Jaan_Tonisson_(Lasteleht), lk 145
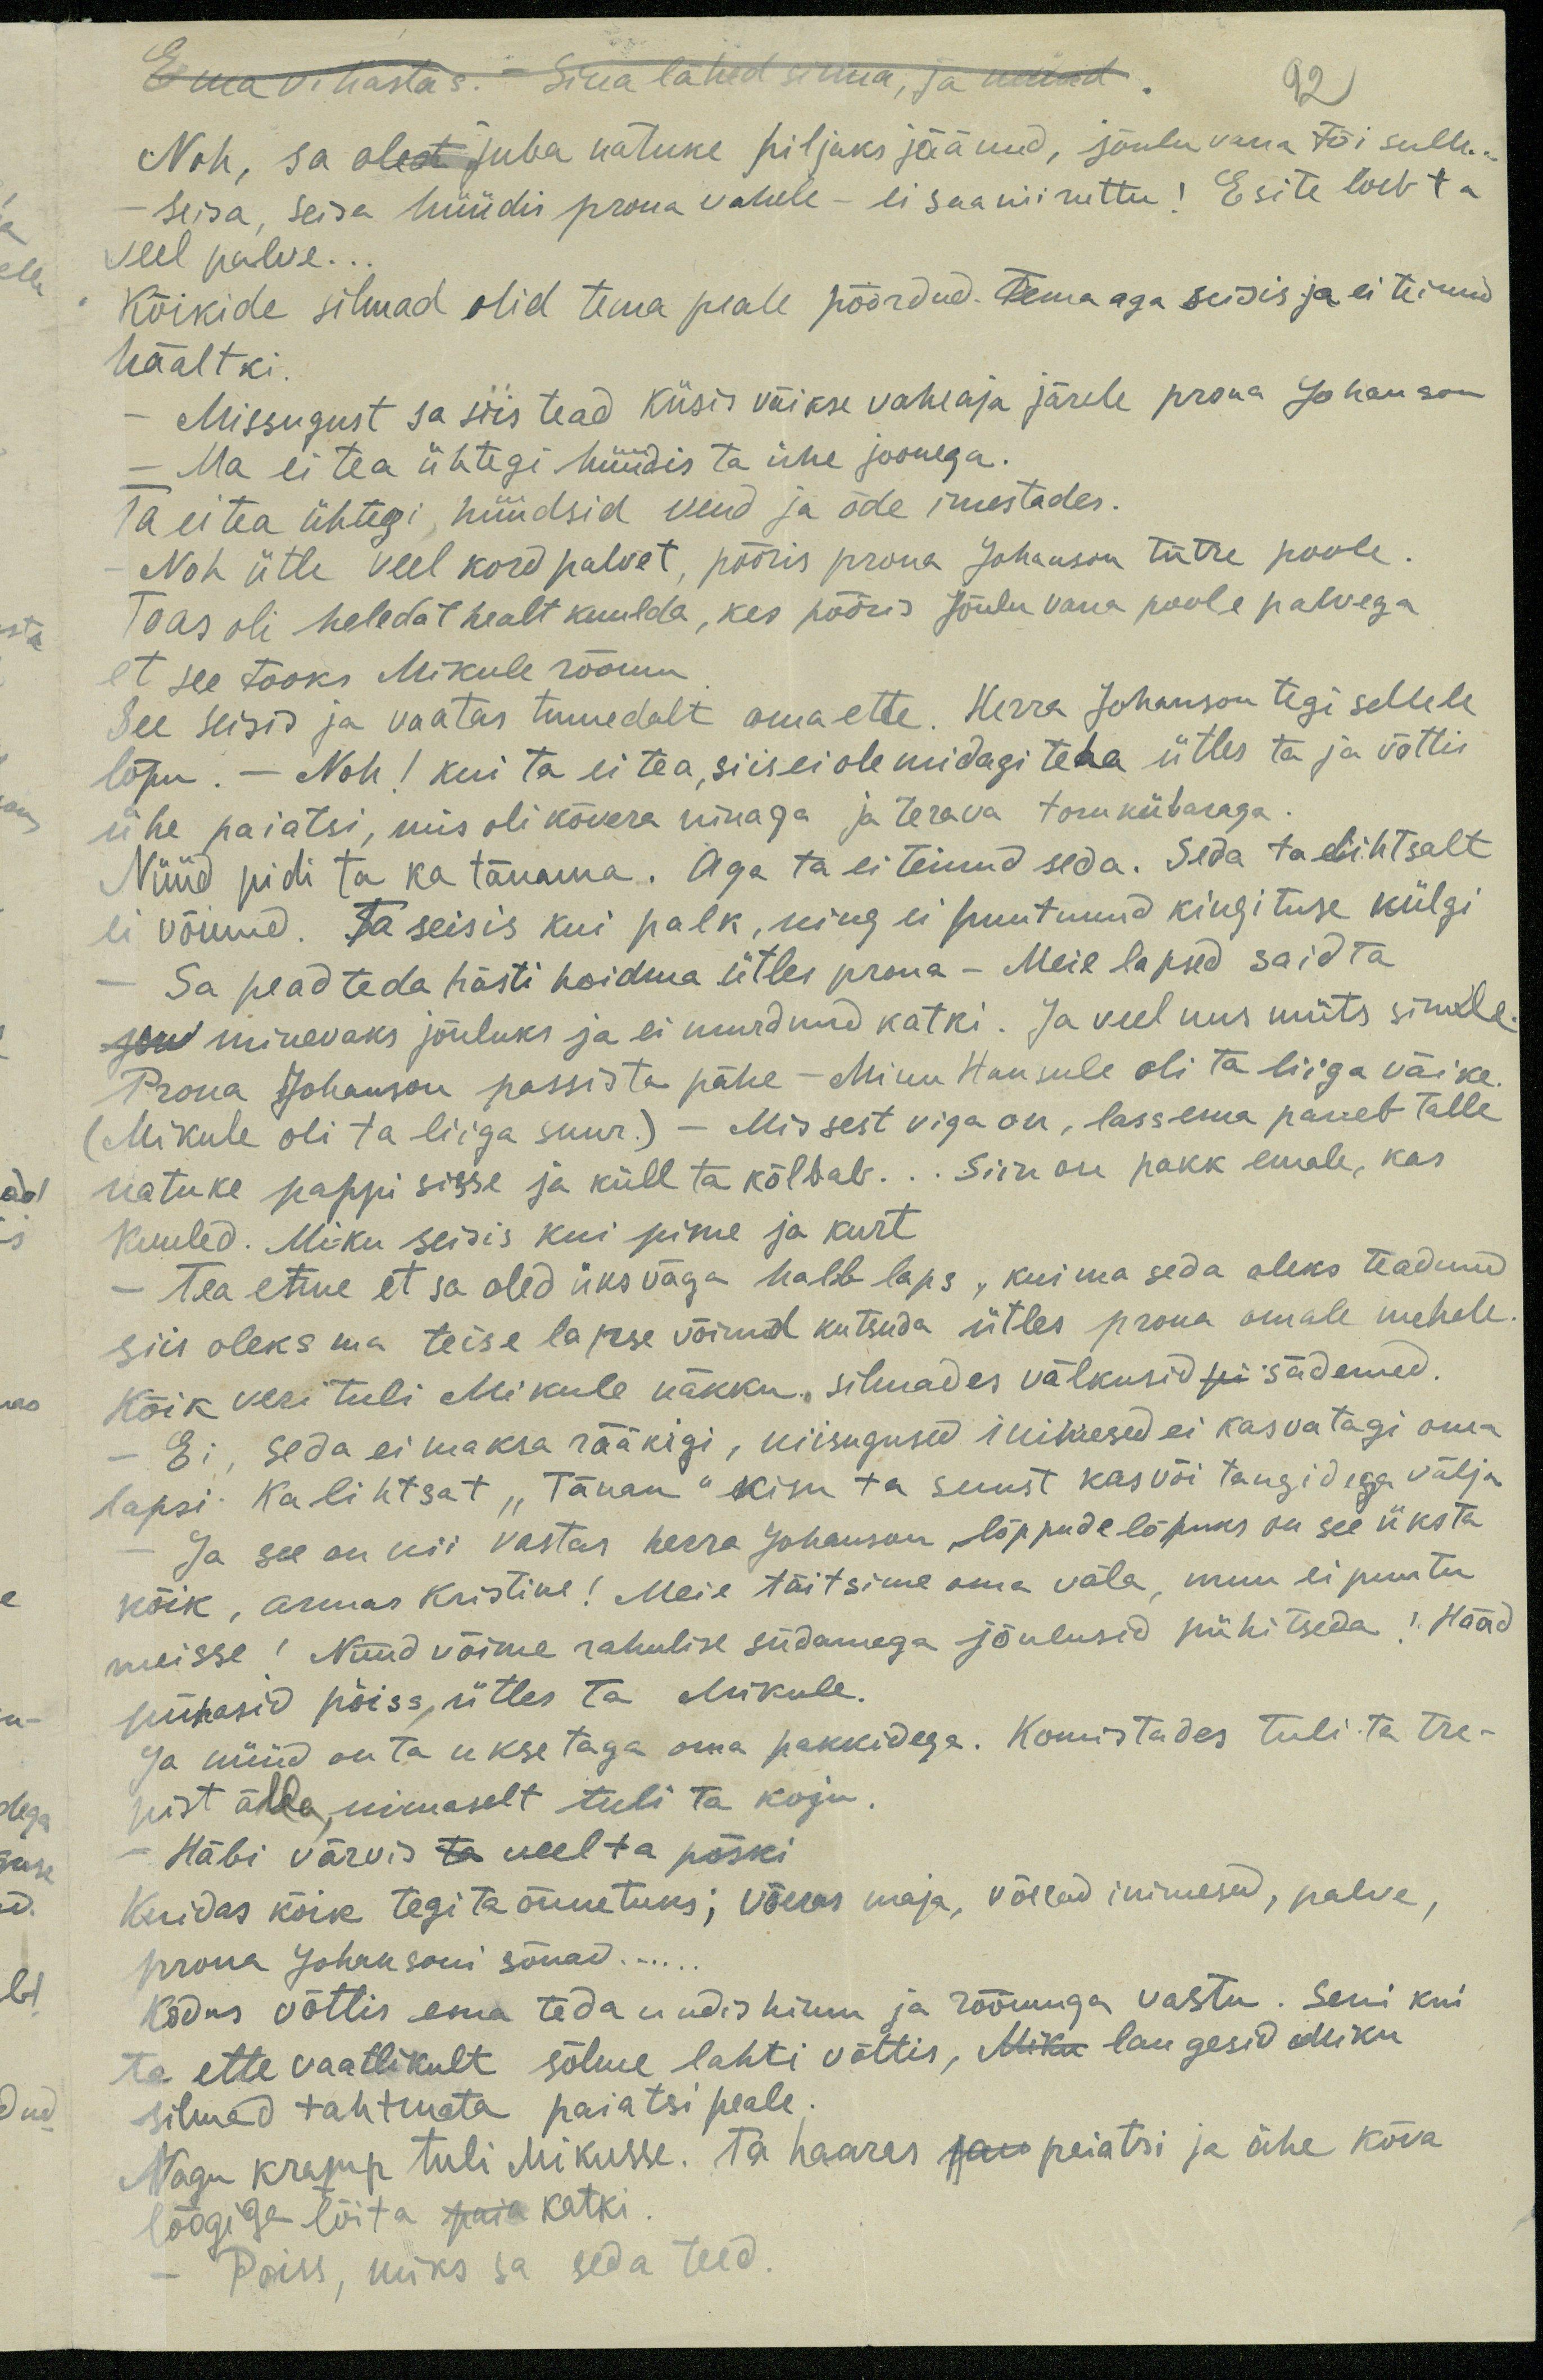
Ema vihastas. Sina lahed sinna, ja mind
92
Noh, sa olest juba natuke hiljaks jäänud, jõulu vana tõi sulle...
Seisa, seisa hüüdis proua vahele - ei saan nii ruttu! Esite loeb ta
veel palve...
Kõikide silmad olid tema peale pöördud. Tema aga seisis ja ei teinud
häältki.
Missugust sa siis tead küsis väikse vaheaja järele proua Johanson
Ma ei tea ühtegi hüüdis ta ühe joonega.
Ta ei tea ühtegi, hüüdsid vend ja õde imestades.
Noh ütle veel kord palvet, pööris proua johanson tütre poole.
Toas oli heledat healt kuulda, kes pööris Jõulu vana poole palvega
et see tooks Mikule rõõmu
See seisis ja vaatas tumedalt oma ette. Herra Johanson tegi sellele
lõpu. - Noh! kui ta ei tea, siis ei ole midagi teha ütles ta ja võttis
ühe paiatsi, mis oli kõvera ninaga ja terava torukübaraga
Nüüd pidi ta ka tänama. Aga ta ei teinud seda. Seda ta lihtsalt
ei võinud. Ta seisis kui palk, ning ei puutunud kingituse külgi
Sa pead teda hästi hoidma ütles proua - Meie lapsed said ta
sed minevaks jõuluks ja ei murdnud katki. Ja veel uus müts sinule.
Proua Johanson passis ta pähe - Minu Hansule oli ta liiga väike
(Mikule oli ta liiga suur.) - Mis sest viga on, lass ema paneb talle
natuke pappi sisse ja küll ta kõlbab... Siin on pakk emale, kas
kuuled. Miku seisis kui pime ja kurt
- Tea enne et sa oled üks väga halb laps, kui ma seda oleks teadnud
siis oleks ma teise lapse võinud kutsuda ütles proua omale mehele
Kõik veri tuli Mikule näkku, silmades välkusid pii sädemed.
- Ei, seda ei maksa rääkigi, niisugused inimesed ei kasvatagi oma
lapsi. Ka lihtsat "Tänan" kisu ta suust kasvõi tangidega välja
Ja see on nii vastas herra Johanson, lõppude lõpuks on see üksta
kõik, armas Kristine! Meie täitsime oma võla, muu ei puutu
meisse! Nüüd võime rahulise südamega jõulusid pühitseda! Hääd
pühasid poiss, ütles ta Mikule.
Ja nüüd on ta ukse taga oma pakkidega. Komistades tuli ta tre-
pist älla, uimaselt tuli ta koju.
Häbi värvis ta veel ta põski
Kuidas kõik tegi ta õnnetuks; võeras maja, võerad inimesed, palve,
proua Johansoni sõnad...
Kodus võttis ema teda uudishimu ja rõõmuga vastu. Seni kui
ta ette vaatlikult sõlme lahti võttis, Miku langesid Miku
silmad tahtmata paiatsi peale.
Nagu kramp tuli Mikusse. Ta haares sau paitsi ja ühe kõva
löögiga lõi ta paia katki.
Poiss, miks sa seda teed.